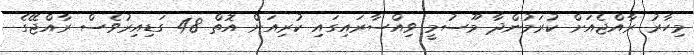
މިހާރު ރާއްޖެއަށް ކުރަމުންދާ މޫސުމީ ވިއްސާރައިގައި ކުރިއަށް އޮތް 48 ގަޑިއިރުވެސް ރާއްޖޭގެ